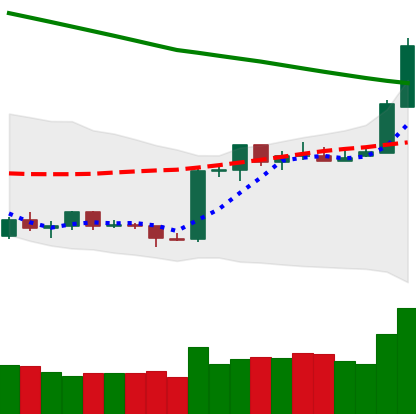
Ticker: ETH-USD
Chart end date: 2019-02-18
Forward return: 8.691%
Label: up_7plus